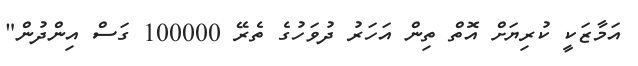
އަމާޒަކީ ކުރިޔަށް އޮތް ތިން އަހަރު ދުވަހުގެ ތެރޭ 100000 ގަސް އިންދުން"